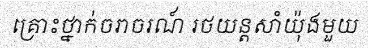
គ្រោះថ្នាក់ចរាចរណ៍ រថយន្តសាំយ៉ុងមួយ